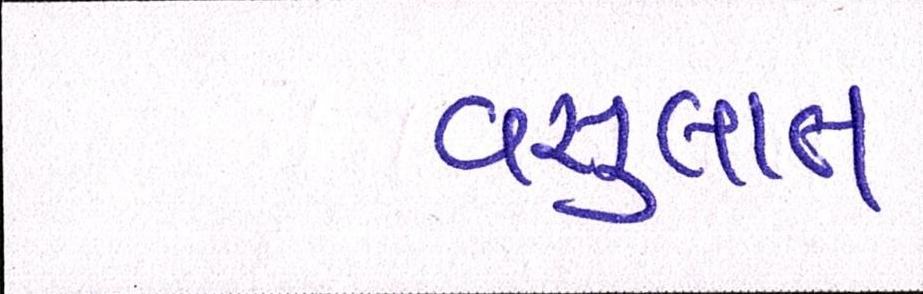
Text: વસુલાત